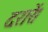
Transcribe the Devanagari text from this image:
दरारें।